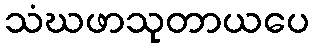
သံဃဖာသုတာယပေ